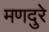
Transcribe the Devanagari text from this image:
मणदुरे